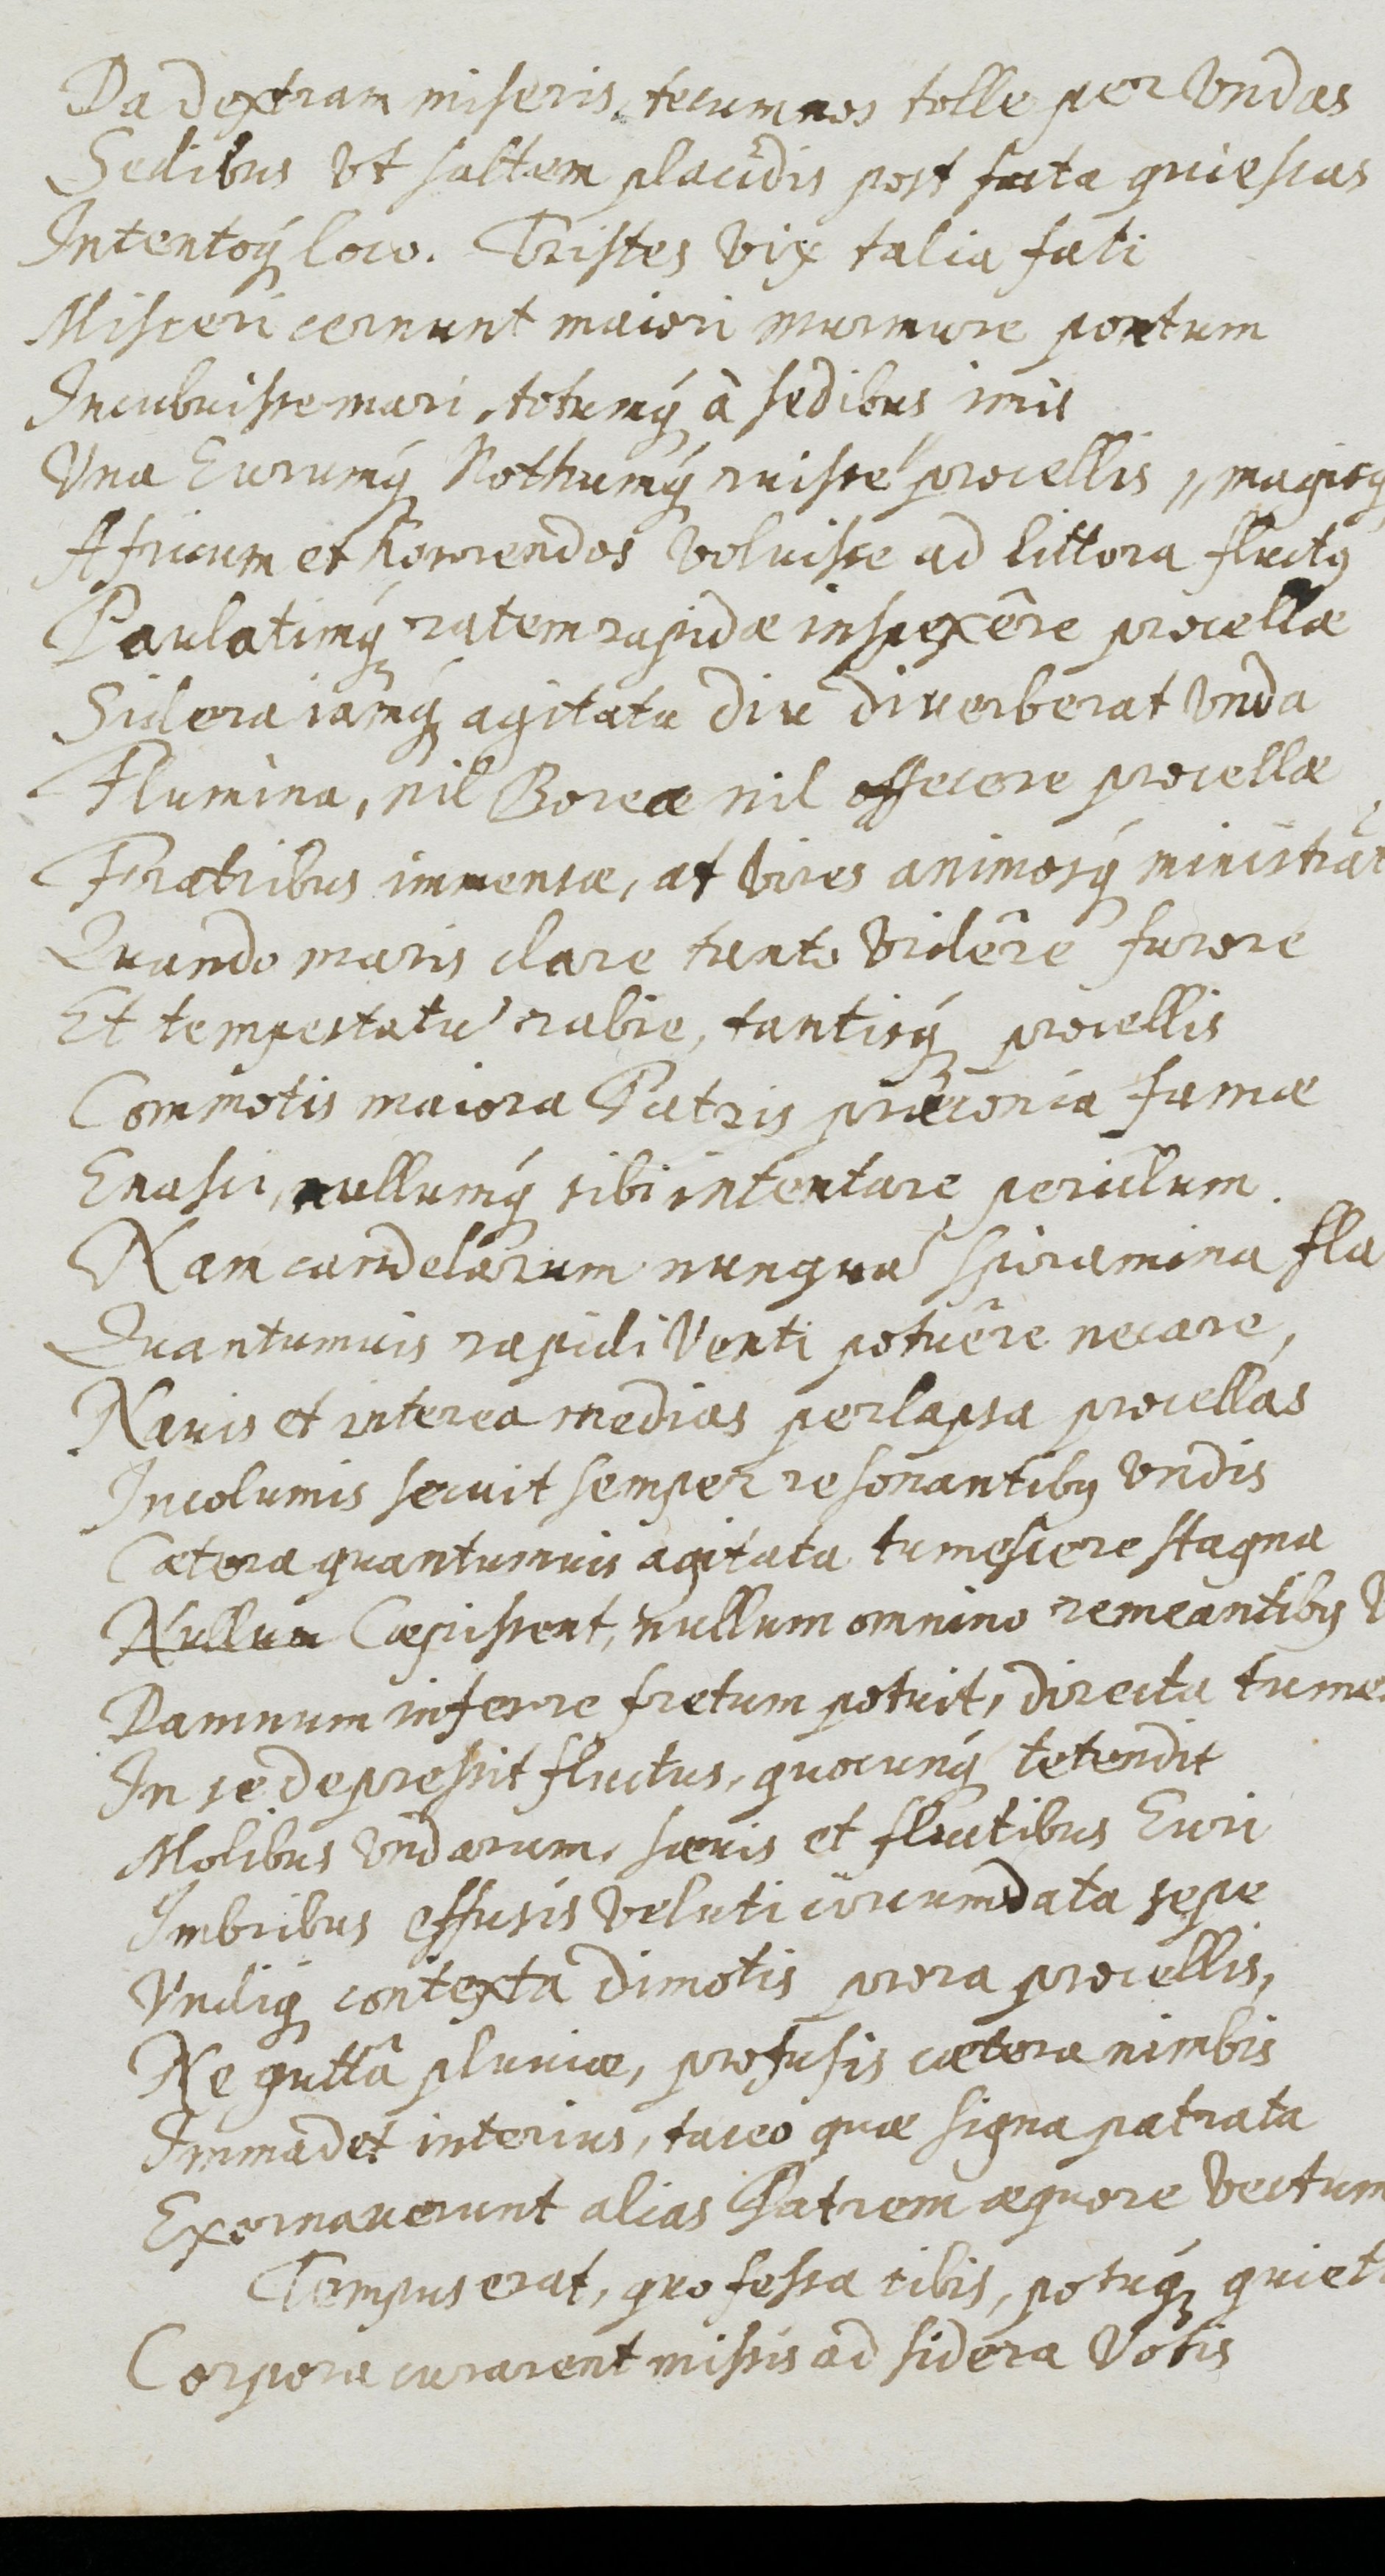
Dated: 1655–1655